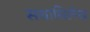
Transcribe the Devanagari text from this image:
सधाधिलेख